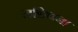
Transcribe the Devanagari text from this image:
सन्निधना